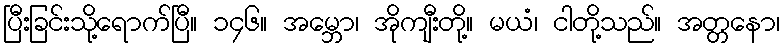
ပြီးခြင်းသို့ရောက်ပြီ။ ၁၄၆။ အမ္ဘော၊ အိုကျီးတို့။ မယံ၊ ငါတို့သည်။ အတ္တနော၊